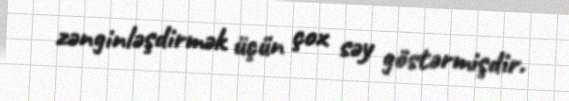
zənginləşdirmək üçün çox səy göstərmişdir.